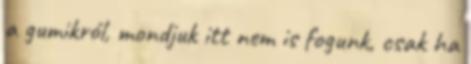
a gumikról, mondjuk itt nem is fogunk, csak ha